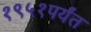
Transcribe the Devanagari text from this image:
१९५१पर्यंत